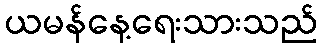
ယမန်နေ့ရေးသားသည်